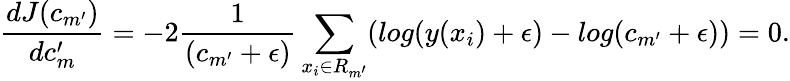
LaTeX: \frac{dJ(c_{m^{\prime}})}{dc_{m}^{\prime}}=-2\frac{1}{(c_{m^{\prime}}+\epsilon)}\sum_{x_{i}\in R_{m^{\prime}}}(log(y(x_{i})+\epsilon)-log(c_{m^{\prime}}+\epsilon))=0.